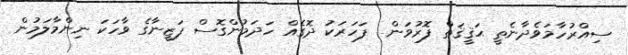
ސިއްރުހާމަވެދާނެތީ ޙަޤީޤަތް ފޮރުވަން  ފަހަރަކު ދޮގެއް ހަދަމުންގޮސް ފަޒީނާގެ ވާހަކަ ނިންމާލަމުން